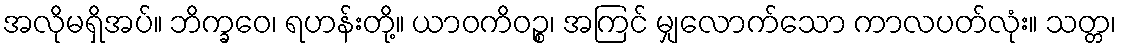
အလိုမရှိအပ်။ ဘိက္ခဝေ၊ ရဟန်းတို့။ ယာဝကိဝဉ္စ၊ အကြင် မျှလောက်သော ကာလပတ်လုံး။ သတ္တ၊